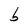
Character: b